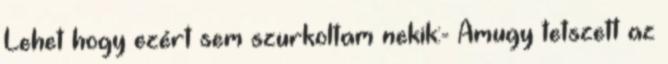
Lehet hogy ezért sem szurkoltam nekik:- Amugy tetszett az